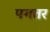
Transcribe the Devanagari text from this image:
पगतर